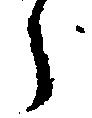
う